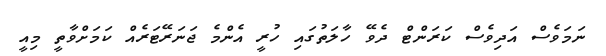
ނަމަވެސް އަދިވެސް ކަރަންޓް ދެވޭ ހާލަތުގައި ހުރީ އެންމެ ޖަނަރޭޓަރެއް ކަމަށްވާތީ މިއީ